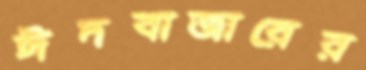
ঈদবাজারের